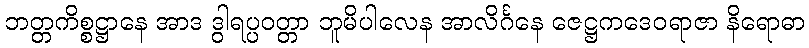
ဘတ္တကိစ္စဋ္ဌာနေ အာဒ ဒွါရပ္ပဝတ္တာ ဘူမိပါလေန အာလိင်္ဂနေ ဇေဋ္ဌကဒေဝရာဇာ နိရောဓာ